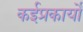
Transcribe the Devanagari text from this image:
कईप्रकार्यों